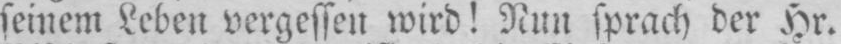
seinem Leben vergessen wird! Nun sprach der Hr.